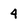
Character: 4